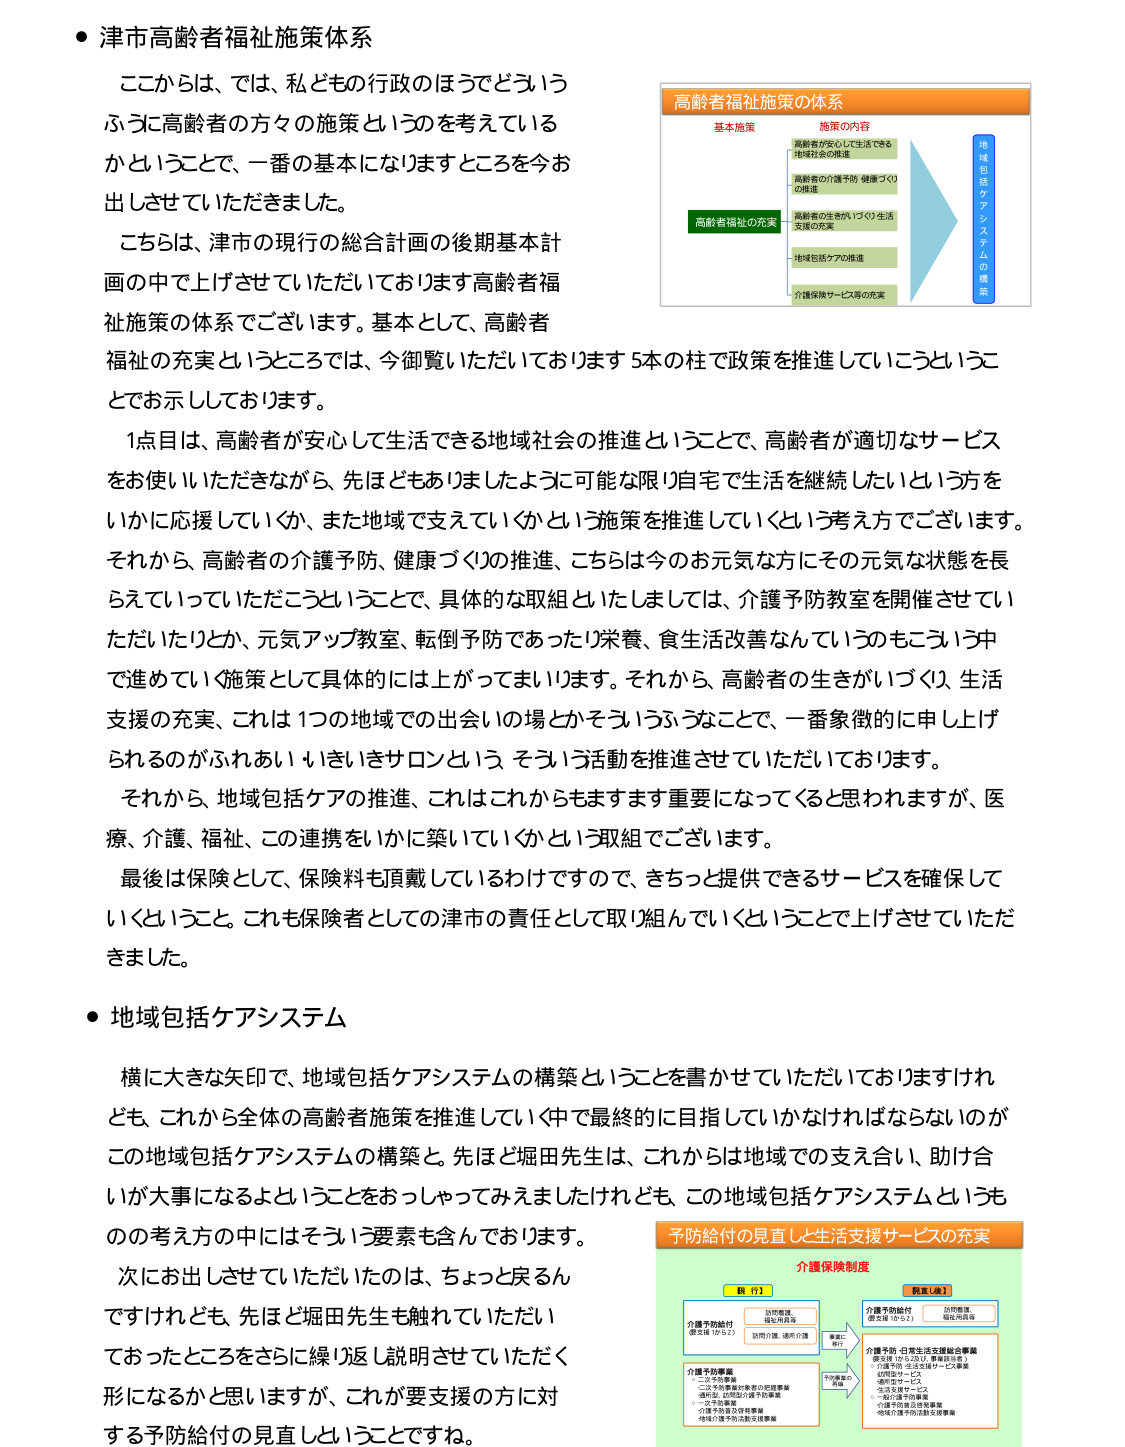
● 津市高齢者福祉施策体系

ここからは、では、私どもの行政のほうでどういうふうに高齢者の方々の施策というのを考えているかということで、一番の基本になりますところを今お出しさせていただきました。

こちらは、津市の現行の総合計画の後期基本計画の中で上げさせていただいております高齢者福祉施策の体系でございます。基本として、高齢者福祉の充実というところでは、今御覧いただいております5本の柱で政策を推進していこうということで示しております。

1点目は、高齢者が安心して生活できる地域社会の推進ということで、高齢者が適切なサービスをお使いいただけながら、先ほどもありましたように可能な限り自宅で生活を継続したいという方をいかに応援していくか、また地域で支えていくかという施策を推進していくという考え方でございます。それから、高齢者の介護予防、健康づくりの推進、こちらは今のお元気な方にその元気な状態を長らえていっていただこうということで、具体的な取組といたしましては、介護予防教室を開催させていただったりとか、元気アップ教室、転倒予防であったり栄養、食生活改善なんというのもこういう中で進めていく施策として具体的には上がってまいります。それから、高齢者の生きがいづくり、生活支援の充実、これは1つの地域での出会いの場とかそういうふうなことで、一番象徴的に申し上げられるのがふれあい・いきいきサロンという、そういう活動を推進させていただいております。

それから、地域包括ケアの推進、これはこれからますます重要になってくると思いますが、医療、介護、福祉、この連携をいかに築いていくかという取組でございます。

最後は保険として、保険料も頂戴しているわけですので、きちっと提供できるサービスを確保していくこと。これも保険者としての津市の責任として取り組んでいくということで上げさせていただきました。

● 地域包括ケアシステム

横に大きな矢印で、地域包括ケアシステムの構築ということを書かせていただいておりますけれども、これから全体の高齢者施策を推進していく中で最終的に目指していかなければならないのがこの地域包括ケアシステムの構築と。先ほど堀田先生は、これからは地域での支え合い、助け合いが大事になるよということをおっしゃってみえましたけれども、この地域包括ケアシステムというものの考え方の中にはそういう要素も含んでおります。

次にお出しさせていただいたのは、ちょっと戻るんですけれども、先ほど堀田先生も触れていただいておったところをさらに繰り返し説明させていただく形になるかと思いますが、これが要支援の方に対する予防給付の見直しということですね。

高齢者福祉施策の体系

基本施策

高齢者が安心して生活できる
地域社会の推進

高齢者の介護予防・健康づくり
の推進

高齢者の生きがいづくり・生活
支援の充実

地域包括ケアの推進

介護保険サービス等の充実

高齢者福祉の充実

地域包括ケアシステムの構築

予防給付の見直しと生活支援サービスの充実

介護保険制度

現行

介護予防給付
（要支援1・2）

訪問看護、
福祉用具等
訪問介護、通所介護

介護予防事業
・三次予防事業
・二次予防事業
・要支援1、2の方の通所福祉事業
・一時支援サービス
・介護予防普及啓発事業
・地域介護予防活動支援事業

見直し後

介護予防給付
（要支援1・2）

訪問看護、
福祉用具等

介護予防・日常生活支援総合事業
（要支援1・2及び、事業認定者）
・介護予防・生活支援サービス事業
・訪問型サービス
・通所型サービス
・生活支援サービス
・一時介護予防事業
・介護予防普及啓発事業
・地域介護予防活動支援事業

事業に
移行

予防事業の
充実